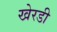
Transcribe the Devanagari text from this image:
खेरडी